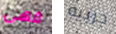
فهى جربيه